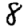
Digit: 8